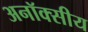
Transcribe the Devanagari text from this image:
अनॉक्सीय